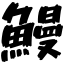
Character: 鰻